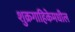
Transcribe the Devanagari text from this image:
शुक्रगाहिकेमधील